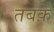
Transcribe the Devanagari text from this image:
तबक़ें